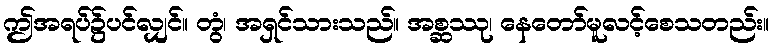
ဤအရပ်၌ပင်လျှင်။ တွံ၊ အရှင်သားသည်။ အစ္ဆဿု၊ နေတော်မူလင့်စေသတည်း။